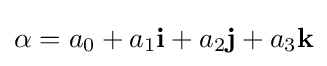
\alpha =a_{0}+a_{1}\mathbf {i} +a_{2}\mathbf {j} +a_{3}\mathbf {k}